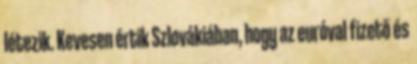
létezik. Kevesen értik Szlovákiában, hogy az euróval fizető és